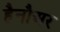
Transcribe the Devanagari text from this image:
हैनौअर